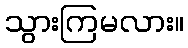
သွားကြမလား။